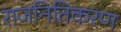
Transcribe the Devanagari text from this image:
राजनितिकरण